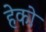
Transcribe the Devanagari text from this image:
हेको